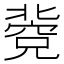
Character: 𥧐